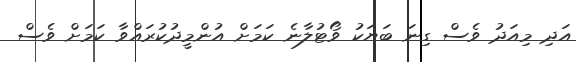
އަދި މިއަދު ވެސް ގިނަ ބަޔަކު ވޯޓުލާނެ ކަމަށް އުންމީދުކުރައްވާ ކަމަށް ވެސް